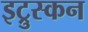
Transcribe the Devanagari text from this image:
इट्रुस्कन